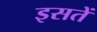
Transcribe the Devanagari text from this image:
इसतें